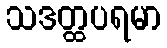
သဒတ္ထပရမာ